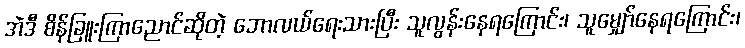
အဲဒီ စိန်ခြူးကြာညောင်ဆိုတဲ့ ဘောလယ်ရေးသားပြီး သူလွန်းနေရကြောင်း၊ သူမျှော်နေရကြောင်း၊